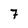
Character: 7